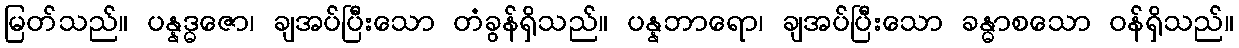
မြတ်သည်။ ပန္နဒ္ဓဇော၊ ချအပ်ပြီးသော တံခွန်ရှိသည်။ ပန္နဘာရော၊ ချအပ်ပြီးသော ခန္ဓာစသော ဝန်ရှိသည်။